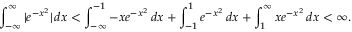
\int _ { - \infty } ^ { \infty } | e ^ { - x ^ { 2 } } | \, d x < \int _ { - \infty } ^ { - 1 } - x e ^ { - x ^ { 2 } } \, d x + \int _ { - 1 } ^ { 1 } e ^ { - x ^ { 2 } } \, d x + \int _ { 1 } ^ { \infty } x e ^ { - x ^ { 2 } } \, d x < \infty .